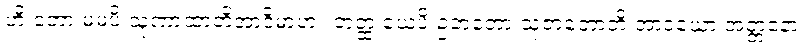
ဟိ ဘော မမပိ သုဏာထာတိအာဒိမာဟ။ တတ္ထ ယေပိ ဥဘတော သုဇာတောတိ အာဒယော အတ္တနော